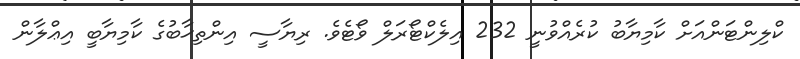
ކްލިންޓަންއަށް ކާމިޔާބު ކުރެއްވުނީ 232 އިލެކްޓޯރަލް ވޯޓެވެ. ރިޔާސީ އިންތިޚާބުގެ ކާމިޔާބީ އިޢްލާން